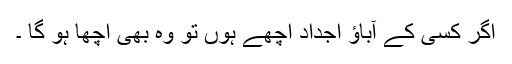
اگر کسی کے آباﺅ اجداد اچھے ہوں تو وہ بھی اچھا ہو گا ۔